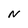
Character: N